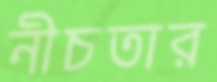
নীচতার